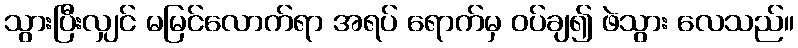
သွားပြီးလျှင် မမြင်လောက်ရာ အရပ် ရောက်မှ ဝပ်ချ၍ ဖဲသွား လေသည်။